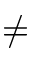
\neq